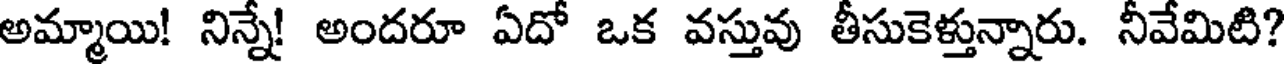
అమ్మాయి! నిన్నే! అందరూ ఏదో ఒక వస్తువు తీసుకెళ్తున్నారు. నీవేమిటి?